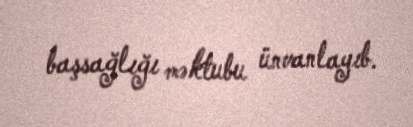
başsağlığı məktubu ünvanlayıb.